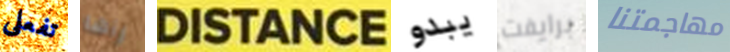
تفعلى رآها DISTANCE يبدو برايفت مهاجمتنا